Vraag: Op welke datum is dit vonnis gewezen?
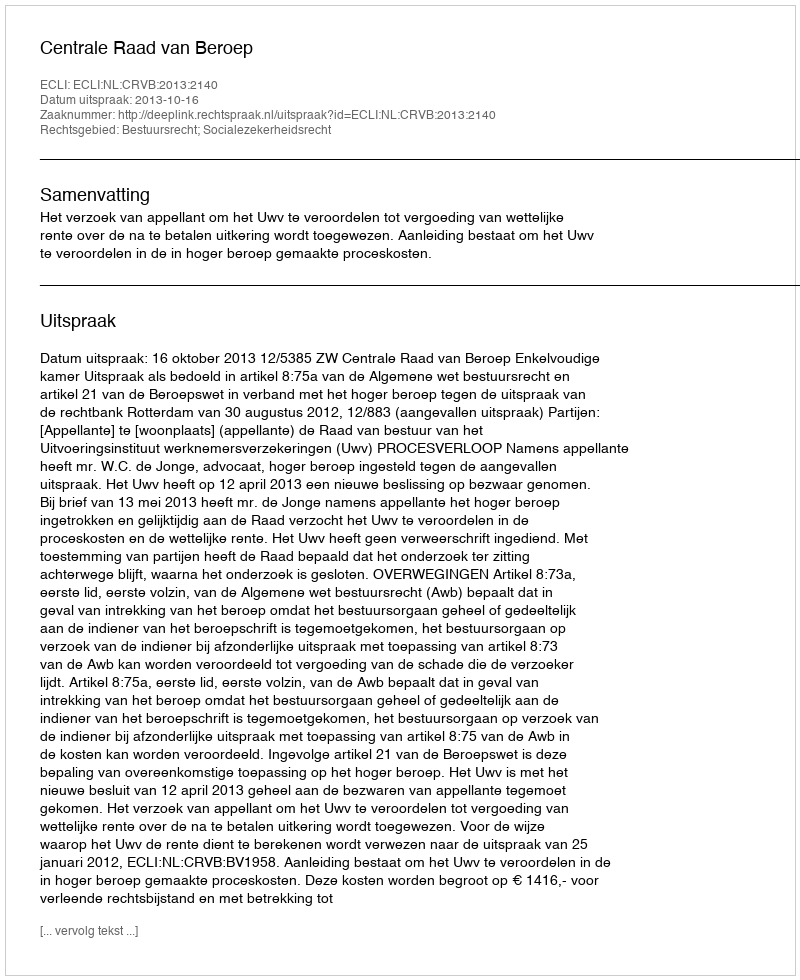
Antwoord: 2013-10-16